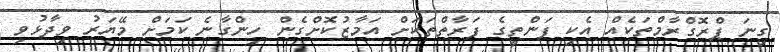
ގިނަ ޕްރޮގްރާމްތަކެއް އެކި ފަންތީގެ ފަރާތްތަކަށް އަމާޒުކޮށްގެން ހިންގާނެ ކަމަށް މޭޔަރު ވިދާޅުވި